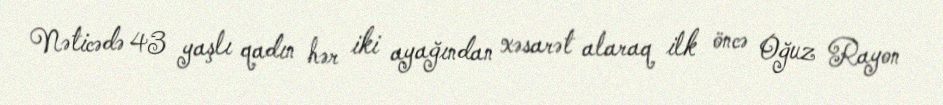
Nəticədə 43 yaşlı qadın hər iki ayağından xəsarət alaraq ilk öncə Oğuz Rayon